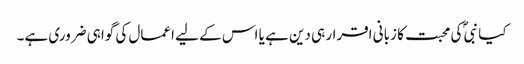
کیا نبیؐ کی محبت کا زبانی اقرار ہی دین ہے یا اس کے لیے اعمال کی گواہی ضروری ہے۔